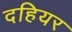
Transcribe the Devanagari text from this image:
दहियर